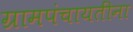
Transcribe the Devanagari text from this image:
ग्रामपंचायतींना